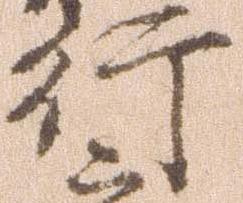
行